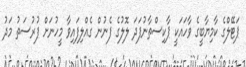
ޕަޓޭލްގެ ކާމިޔާބީގެ ވާހައަކީ ޕާކިސްތާނުފަދަ ލޮލުގެ ފެނުން ގެއްލިފައިވާ މީހުނަށް ފުރުސަތު މަދު